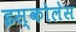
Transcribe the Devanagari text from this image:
इस्कोलेस